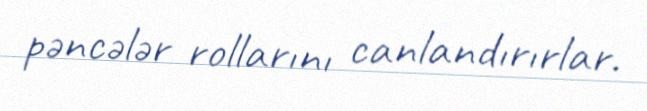
pəncələr rollarını canlandırırlar.